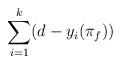
LaTeX: \begin{align*}\sum_{i=1}^k (d-y_i(\pi_f)) \end{align*}